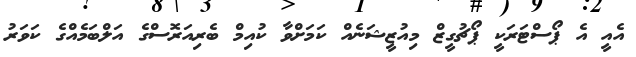
އެއީ އެ ޕޯސްޓަރަކީ ޕޯޗުގީޒް މިއުޒީޝަނެއް ކަމަށްވާ ކުއިމް ބެރިއަރޮސްގެ އަލްބަމެއްގެ ކަވަރު